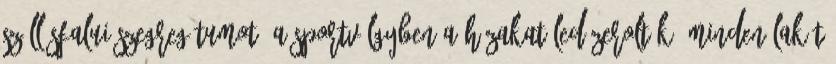
szállásfalui szegregátumot. A Sportvölgyben a házakat ledózerolták, minden lakót